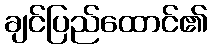
ချင်ပြည်ထောင်၏